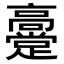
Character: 𬴞